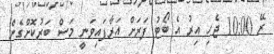
ރޭ 10:00 ޖެހި އިރު އެ ބޯޓު ފަރަށް އަރާފައިވަނީ މަސް ބަރުކޮށްގެން